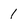
Character: 1